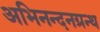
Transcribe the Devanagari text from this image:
अभिनन्दनग्रन्थ